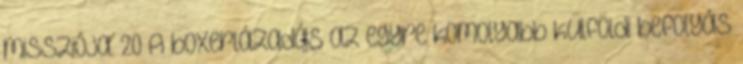
missziója. 20 A boxerlázadás az egyre komolyabb külföldi befolyás